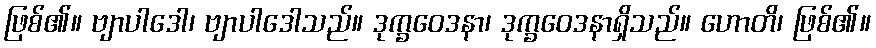
ဖြစ်၏။ ဗျာပါဒေါ၊ ဗျာပါဒေါသည်။ ဒုက္ခဝေဒနာ၊ ဒုက္ခဝေဒနာရှိသည်။ ဟောတိ၊ ဖြစ်၏။